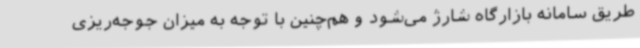
طریق سامانه بازارگاه شارژ می‌شود و هم‌چنین با توجه به میزان جوجه‌ریزی